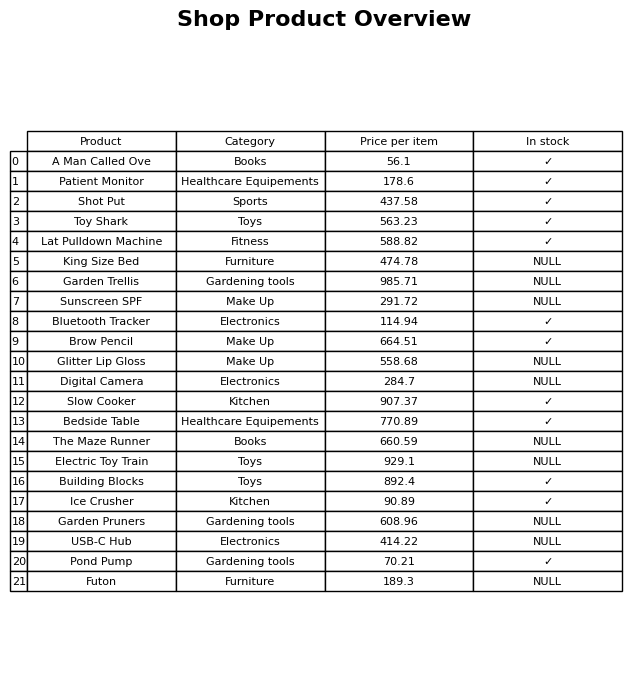
question: What is the price for Bluetooth Tracker?
answer: The price of Bluetooth Tracker is 114.94.